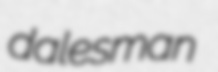
dalesman